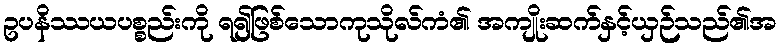
ဥပနိဿယပစ္စည်းကို ရ၍ဖြစ်သောကုသိုလ်ကံ၏ အကျိုးဆက်နှင့်ယှဉ်သည်၏အ